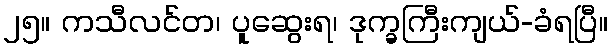
၂၅။ ကသီလင်တ၊ ပူဆွေးရ၊ ဒုက္ခကြီးကျယ်-ခံရပြီ။